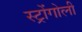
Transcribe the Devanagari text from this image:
स्ट्रोंगोली